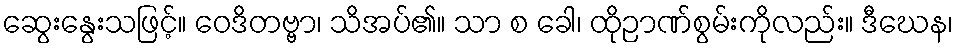
ဆွေးနွေးသဖြင့်။ ဝေဒိတဗ္ဗာ၊ သိအပ်၏။ သာ စ ခေါ၊ ထိုဉာဏ်စွမ်းကိုလည်း။ ဒီဃေန၊